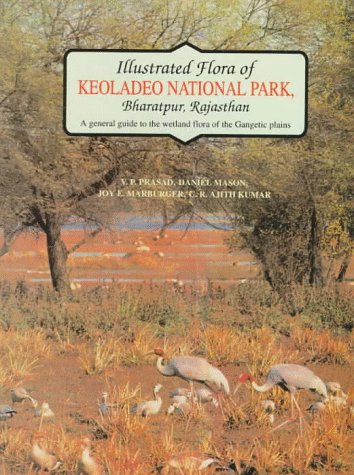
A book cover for Illustrated Flora of Keoladeo National Park, Bharatpur, Rajasthan: A general guide to the wetland flora of the Gangetic plains; V. P. Prasad; Travel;